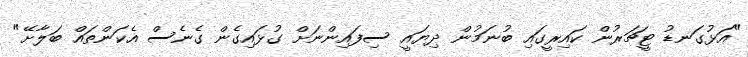
"އަޅުގަނޑު ޓީޗަރުން ކައިރީގައި ބުނަމުން ދިޔައީ ސިފައިންނަށް ގުޅައިގެން ގެނެސް އެކަންތައް ބަލާށޭ"